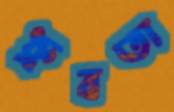
ধ্রুবতা